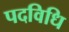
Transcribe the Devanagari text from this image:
पदविधि